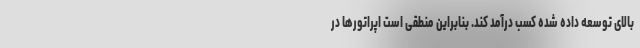
بالای توسعه داده شده کسب درآمد کند. بنابراین منطقی است اپراتورها در